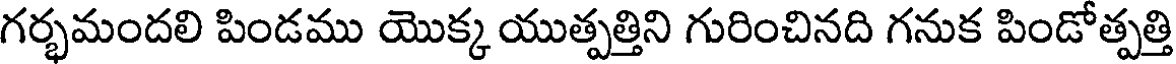
గర్భమందలి పిండము యొక్క యుత్పత్తిని గురించినది గనుక పిండోత్పత్తి